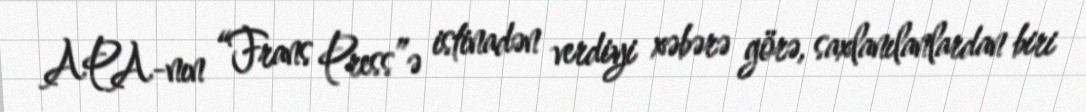
APA-nın “Frans Press”ə istinadən verdiyi xəbərə görə, saxlanılanlardan biri